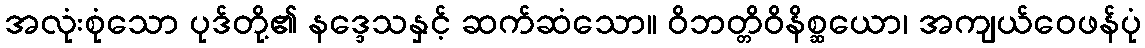
အလုံးစုံသော ပုဒ်တို့၏ နဒ္ဒေသနှင့် ဆက်ဆံသော။ ဝိဘတ္တိဝိနိစ္ဆယော၊ အကျယ်ဝေဖန်ပုံ